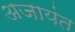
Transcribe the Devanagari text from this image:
अजायंत